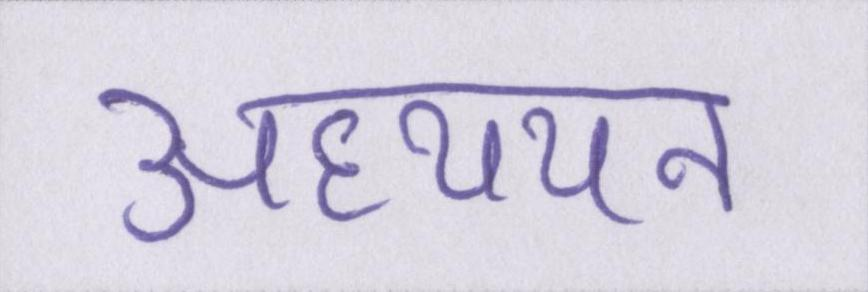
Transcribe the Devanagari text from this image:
अध्ययन